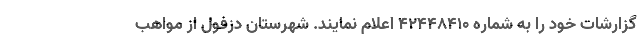
گزارشات خود را به شماره ۴۲۴۴۸۴۱۰ اعلام نمایند. شهرستان دزفول از مواهب